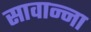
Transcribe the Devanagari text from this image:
सावान्ना